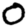
Digit: 0